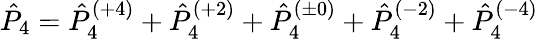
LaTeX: \hat{P}_{4}=\hat{P}_{4}^{(+4)}+\hat{P}_{4}^{(+2)}+\hat{P}_{4}^{(\pm 0)}+\hat{P}_{4}^{(-2)}+\hat{P}_{4}^{(-4)}